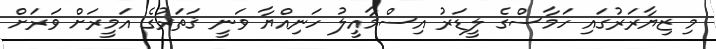
މި ޒިޔާރަރުގައި ހަމާސްގެ ލީޑަރު އިސްމާއީލު ހަނިއްޔާ ވަނީ ޤަތަރުގެ އަމީރަށް ވަރަށް